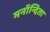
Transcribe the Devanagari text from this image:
मनॉन्दिता